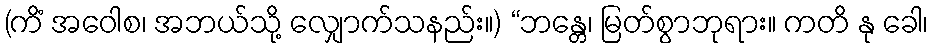
(ကိံ အဝေါစ၊ အဘယ်သို့ လျှောက်သနည်း။) “ဘန္တေ၊ မြတ်စွာဘုရား။ ကတိ နု ခေါ၊